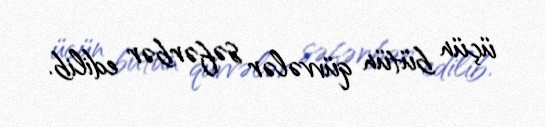
üçün bütün qüvvələr səfərbər edilib.